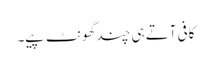
کافی آتے ہی چندگھونٹ پیے۔